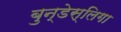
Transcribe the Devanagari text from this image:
बुन्डेस्लिगा